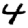
Digit: 4